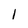
Character: 1